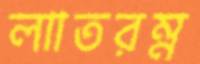
লাাতরম্ন